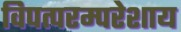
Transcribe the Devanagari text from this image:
विपत्परम्परेशाय